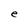
Character: e